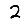
Digit: 2